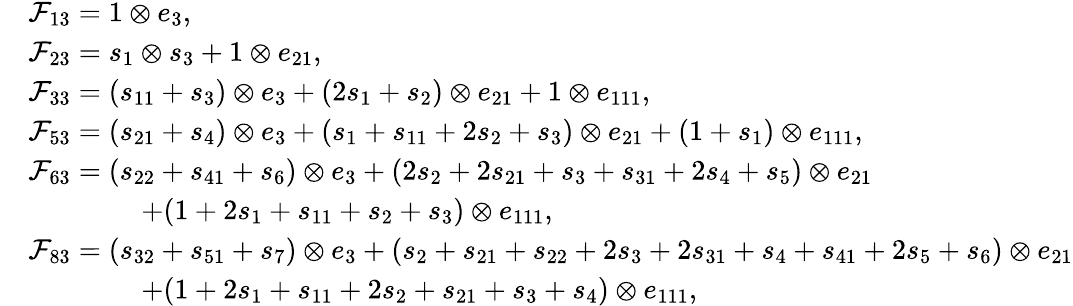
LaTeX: \begin{array}{rl}&{\mathcal{F}_{13}=1\otimes e_{3},}\\ &{\mathcal{F}_{23}=s_{1}\otimes s_{3}+1\otimes e_{21},}\\ &{\mathcal{F}_{33}=(s_{11}+s_{3})\otimes e_{3}+(2s_{1}+s_{2})\otimes e_{21}+1\otimes e_{111},}\\ &{\mathcal{F}_{53}=(s_{21}+s_{4})\otimes e_{3}+(s_{1}+s_{11}+2s_{2}+s_{3})\otimes e_{21}+(1+s_{1})\otimes e_{111},}\\ &{\mathcal{F}_{63}=(s_{22}+s_{41}+s_{6})\otimes e_{3}+(2s_{2}+2s_{21}+s_{3}+s_{31}+2s_{4}+s_{5})\otimes e_{21}}\\ &{\qquad\qquad+(1+2s_{1}+s_{11}+s_{2}+s_{3})\otimes e_{111},}\\ &{\mathcal{F}_{83}=(s_{32}+s_{51}+s_{7})\otimes e_{3}+(s_{2}+s_{21}+s_{22}+2s_{3}+2s_{31}+s_{4}+s_{41}+2s_{5}+s_{6})\otimes e_{21}}\\ &{\qquad\qquad+(1+2s_{1}+s_{11}+2s_{2}+s_{21}+s_{3}+s_{4})\otimes e_{111},}\end{array}